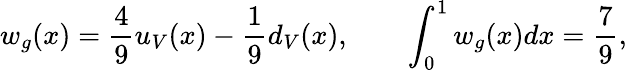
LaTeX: w_{g}(x)=\frac{4}{9}u_{V}(x)-\frac{1}{9}d_{V}(x),\qquad\int_{0}^{1}w_{g}(x)dx=\frac{7}{9},